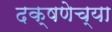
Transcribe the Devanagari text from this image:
दक्षणेच्या